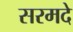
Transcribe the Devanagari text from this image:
सरमदे